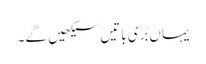
یہاں بُری باتیں سیکھیں گے۔